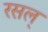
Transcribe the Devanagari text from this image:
रसल्